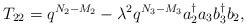
\begin{align*}T_{22}=q^{N_{2}-M_{2}} - \lambda ^{2}q^{N_{3}-M_{3}}a_{2}^{\dag}a_{3} b_{3}^{\dag}b_{2},\end{align*}